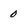
Character: 0